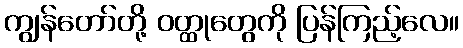
ကျွန်တော်တို့ ဝတ္ထုတွေကို ပြန်ကြည့်လေ။